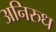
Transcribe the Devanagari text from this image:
अनिरुध